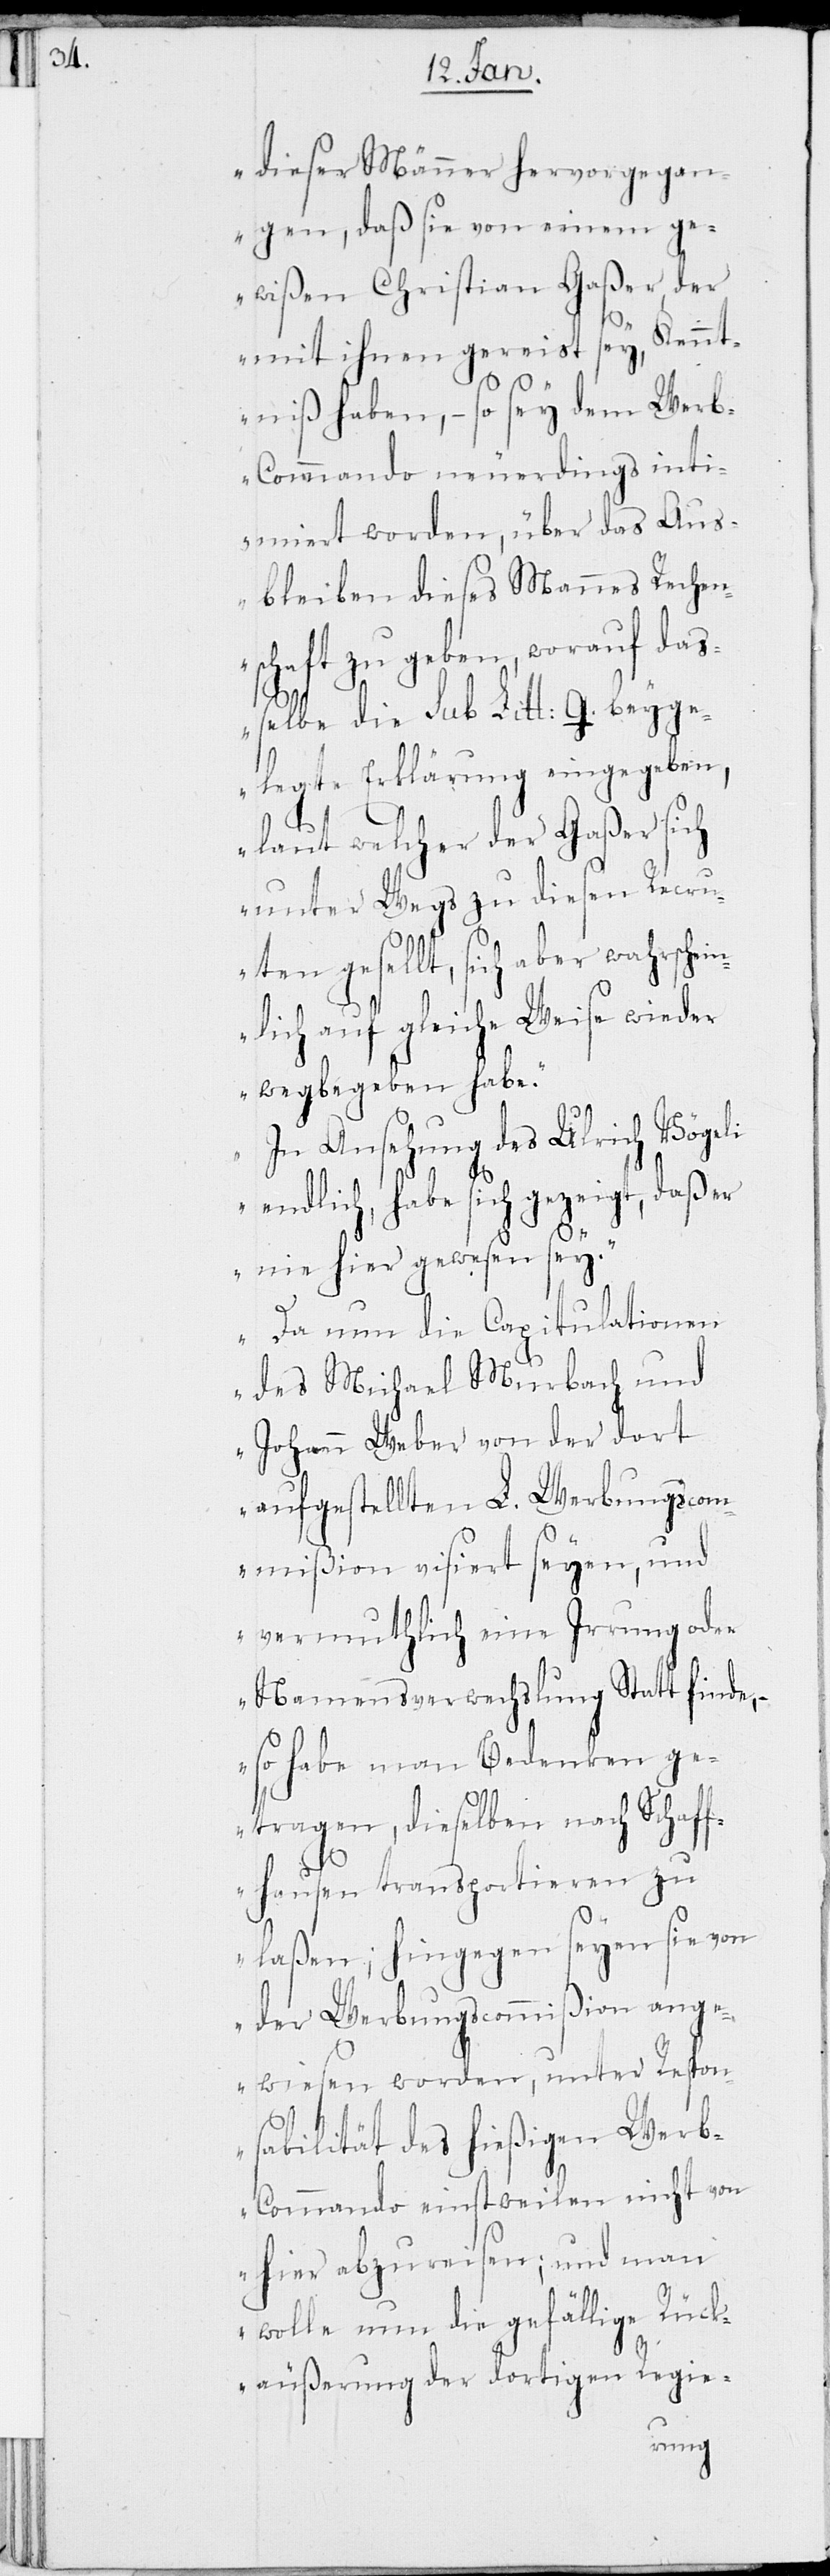
dieser Männer hervorgegan¬
gen, daß sie von einem ge¬
wißen Christian Gaßer, der
mit ihnen gereist sey, Kennt¬
niß haben, – so sey dem Wer¬
b-Commando neuerdings inti¬
miert worden, über das Aus¬
bleiben dieses Mannes Rechen¬
schaft zu geben, worauf daß¬
elbe die sub Litt: G. beyge¬
legte Erklärung eingegeben,
laut welcher der Gaßer sich
unter Wegs zu diesen Recru¬
ten gesellt, sich aber wahrschei¬
nlich auf gleiche Weise wieder
wegbegeben habe.
In Ansehung des Ulrich Vögeli
endlich, habe sich gezeigt, daß er
nie hier gewesen sey.
Da nun die Capitulationen
des Michael Murbach und
Johann Weber von der dort
aufgestellten L. Werbungscom¬
mißion visiert seyen, und
vermuthlich eine Irrung oder
Namensverwechslung Statt finde,
so habe man Bedenken ge¬
tragen, dieselben nach Schaff¬
hausen transportieren zu
laßen; hingegen seyen sie von
der Werbungscommißion ange¬
wiesen worden, unter Respon¬
sabilität des hießigen Wer¬
b-Commando einstweilen nicht von
hier abzureisen; und man
wolle nun die gefällige Rück¬
äußerung der dortigen Regie-